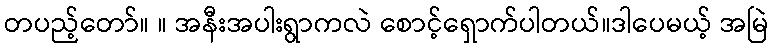
တပည့်တော်။ ။ အနီးအပါးရွာကလဲ စောင့်ရှောက်ပါတယ်။ဒါပေမယ့် အမြဲ